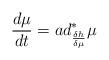
LaTeX: \begin{align*}\frac{d\mu }{dt}=ad_{\frac{\delta h}{\delta \mu }}^{\ast }\mu \end{align*}